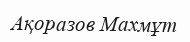
Ақоразов Махмұт